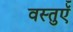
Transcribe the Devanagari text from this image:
वस्तुऍँ